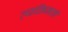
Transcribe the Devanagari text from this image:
व्यक्तिनावे